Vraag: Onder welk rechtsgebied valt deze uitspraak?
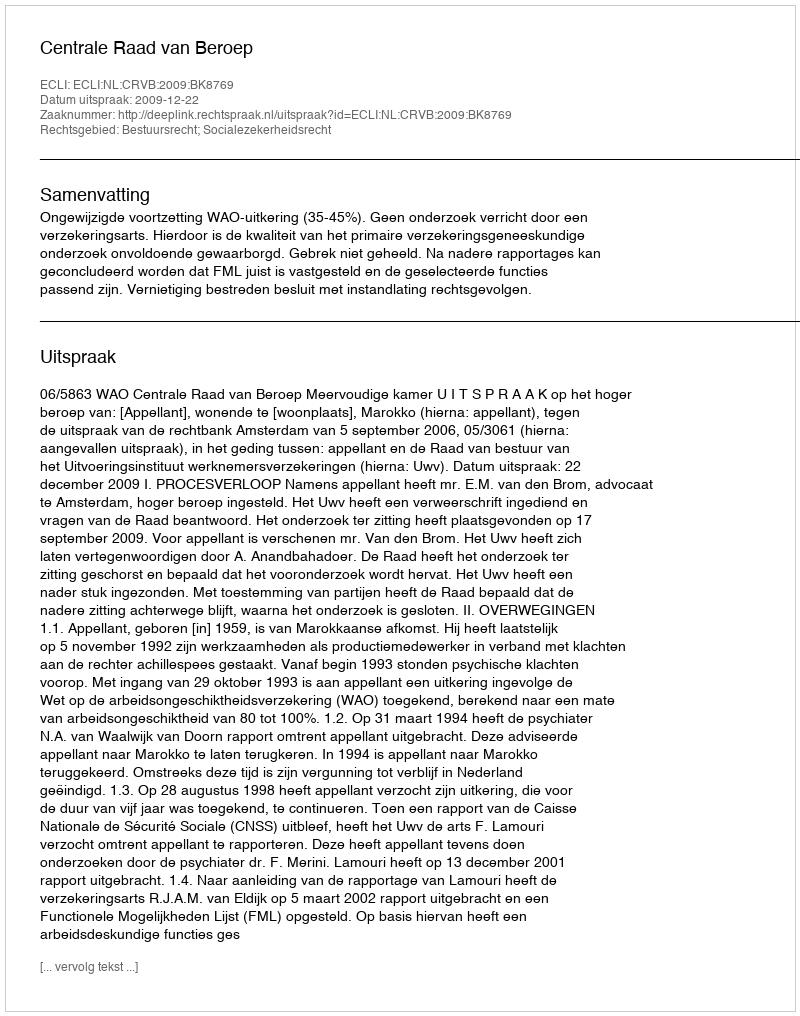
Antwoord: Bestuursrecht; Socialezekerheidsrecht